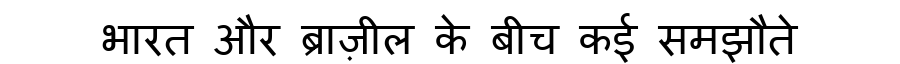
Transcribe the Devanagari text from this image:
भारत और ब्राज़ील के बीच कई समझौते